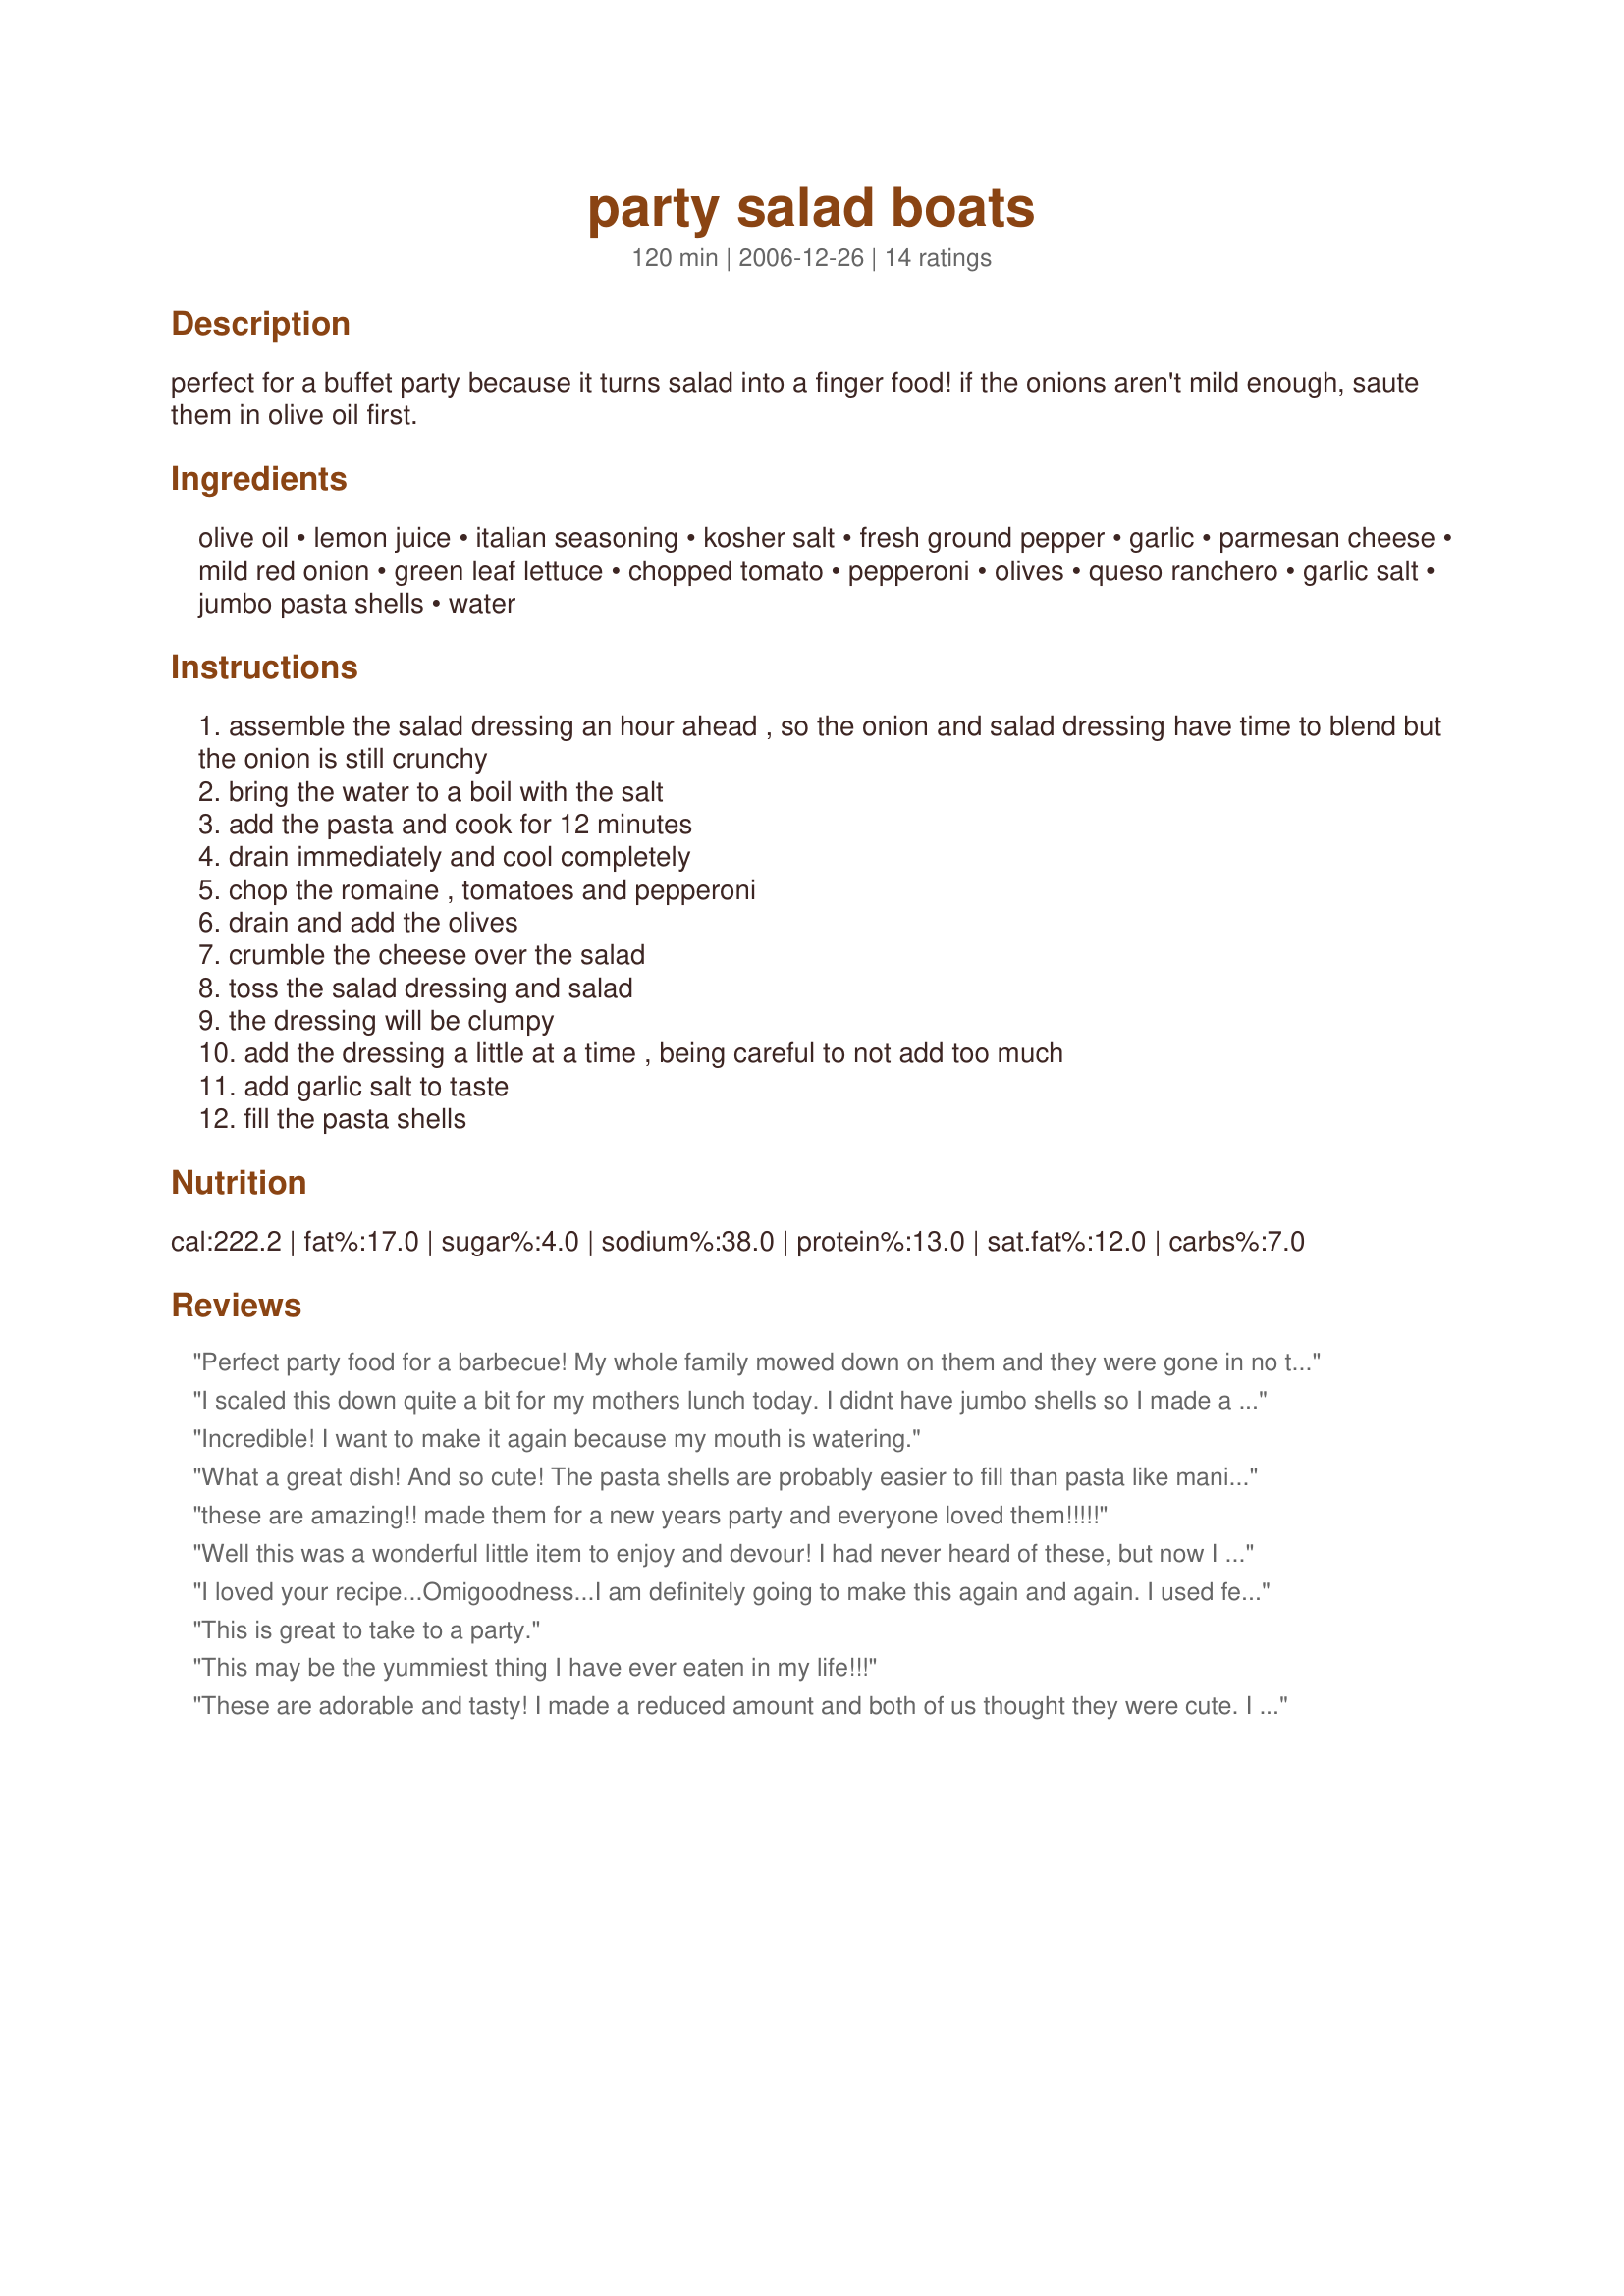
party salad boats
Preparation time: 120 minutes

perfect for a buffet party because it turns salad into a finger food! if the onions aren't mild enough, saute them in olive oil first.

Ingredients:
olive oil, lemon juice, italian seasoning, kosher salt, fresh ground pepper, garlic, parmesan cheese, mild red onion, green leaf lettuce, chopped tomato, pepperoni, olives, queso ranchero, garlic salt, jumbo pasta shells, water

Steps:
assemble the salad dressing an hour ahead , so the onion and salad dressing have time to blend but the onion is still crunchy
bring the water to a boil with the salt
add the pasta and cook for 12 minutes
drain immediately and cool completely
chop the romaine , tomatoes and pepperoni
drain and add the olives
crumble the cheese over the salad
toss the salad dressing and salad
the dressing will be clumpy
add the dressing a little at a time , being careful to not add too much
add garlic salt to taste
fill the pasta shells

Reviews:
Perfect party food for a barbecue! My whole family mowed down on them and they were gone in no time. I plan to play with adding different ingredients in the shells and making them all different ways!
I scaled this down quite a bit for my mothers lunch today. I didnt have jumbo shells so I made a pasta salad out of this with penne instead of filling shells. The dressing was excellent. I reduced the amount of oil a bit, but other than that made as written and it was liked. I cant wait to make it the right way by stuffing the shells!
Incredible! I want to make it again because my mouth is watering.
What a great dish! And so cute! The pasta shells are probably easier to fill than pasta like manicotti. Could sub seasoned rice vinegar for lemon juice for added flavor.
these are amazing!! made them for a new years party and everyone loved them!!!!!
Well this was a wonderful little item to enjoy and devour! I had never heard of these, but now I am so glad I was able to try this recipe. I will be making this for the second time this Saturday. The pasta shells were easy enough to put together, and put the salad pieces into. I used half the dressing and kept the extra for use later on in the week. Don't hesitate to pop these right into your mouth, and enjoy! Thanks, puppitypup!
I loved your recipe...Omigoodness...I am definitely going to make this again and again.
I used feta cheese and did not add pepperoni as all my other foods had meat and I wanted one veg gie dish.
This is great to take to a party.
This may be the yummiest thing I have ever eaten in my life!!!
These are adorable and tasty! I made a reduced amount and both of us thought they were cute. I will definitely be making this recipe again to take to a potluck. I used chopped green onions instead of red and also stayed with parmesan in the salad. I placed three on lettuce leaves on individual salad plates to serve. Thanks for sharing the recipe! =)
These are so delicious with a wonderful combination of flavors. I made these to eat while watching the Super Bowl and they were a big hit. My family thoroughly enjoyed them. This is a very impressive appetizer to serve to guests or take somewhere for a potluck.
I made these for our Christmas Eve appetizer buffet. Followed the recipe almost exactly, left out the pepperoni and used packaged shredded lettuce. The whole family loved them. I think I made 2 dozen and had three left, which was great, cuz I didn't get a chance to try them until the next day. I plan on taking these to our neighborhood New Year's gathering. Quick & delicious! Thanks!
Can't believe I forgot to review this one. Made these this summer for a pool party we hosted and they were loved by everyone. So easy to make and a great way to have a hand held salad. Made just as written and wouldn't change a thing!
The grocery store was out of jumbo shells, and pushed for time I grabbed up some Rotini Twist pasta and served it as a salad. It was a wonderful marriage of flavors and the texture was great also. thanks for sharing puppitypup.
